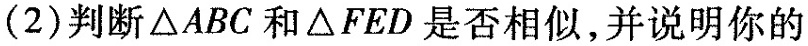
（2）判断 △ ABC和△ FED是否相似，并说明你的